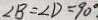
\angle B = \angle D = 9 0 ^ { \circ }